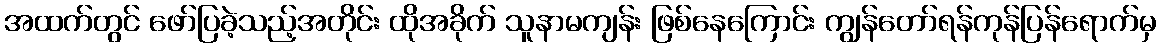
အထက်တွင် ဖော်ပြခဲ့သည့်အတိုင်း ထိုအခိုက် သူနာမကျန်း ဖြစ်နေကြောင်း ကျွန်တော်ရန်ကုန်ပြန်ရောက်မှ